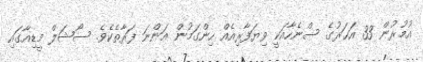
އުމުރުން 33 އަހަރުގެ ސްނެހާއަކީ ވިޔަފާރިއެއް ހިންގަމުން އަންނަ ފަރާތެކެވެ. ސޯޝަލް މީޑިއާގައި